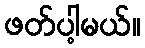
ဖတ်ပါ့မယ်။